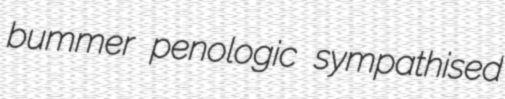
bummer penologic sympathised